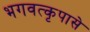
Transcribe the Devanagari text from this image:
भगवत्कृपासे